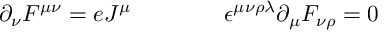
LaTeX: \partial _ { \nu } F ^ { \mu \nu } = e J ^ { \mu } \qquad \qquad \epsilon ^ { \mu \nu \rho \lambda } \partial _ { \mu } F _ { \nu \rho } = 0